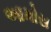
આમોસ